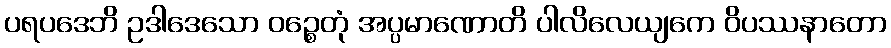
ပရပဒေဘိ ဥဒါဒေသော ဝဉ္စေတုံ အပ္ပမာဏောတိ ပါလိလေယျကေ ဝိပဿနာတော